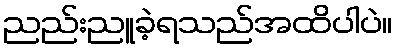
ညည်းညူခဲ့ရသည်အထိပါပဲ။